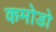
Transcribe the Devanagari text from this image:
कमोडो